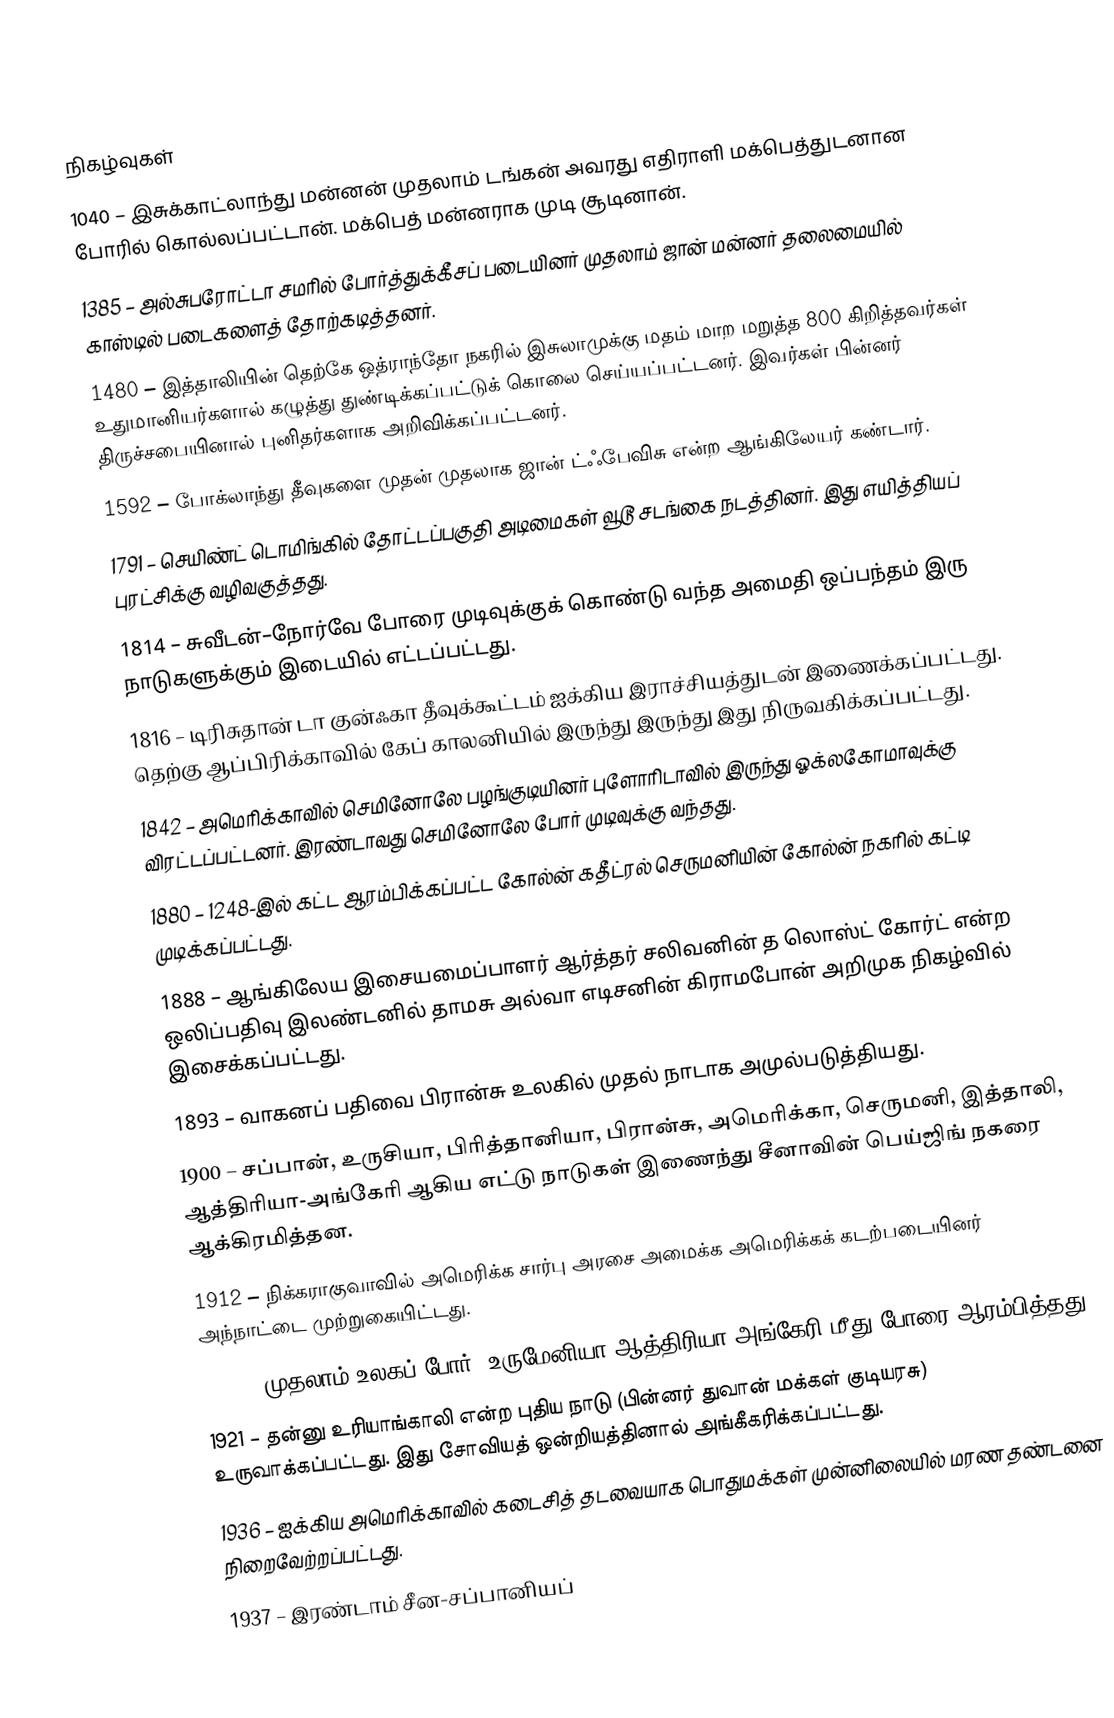

நிகழ்வுகள்
1040 – இசுக்காட்லாந்து மன்னன் முதலாம் டங்கன் அவரது எதிராளி மக்பெத்துடனான போரில் கொல்லப்பட்டான். மக்பெத் மன்னராக முடி சூடினான்.
1385 – அல்சுபரோட்டா சமரில் போர்த்துக்கீசப் படையினர் முதலாம் ஜான் மன்னர் தலைமையில் காஸ்டில் படைகளைத் தோற்கடித்தனர்.
1480 – இத்தாலியின் தெற்கே ஒத்ராந்தோ நகரில் இசுலாமுக்கு மதம் மாற மறுத்த 800 கிறித்தவர்கள் உதுமானியர்களால் கழுத்து துண்டிக்கப்பட்டுக் கொலை செய்யப்பட்டனர். இவர்கள் பின்னர் திருச்சபையினால் புனிதர்களாக அறிவிக்கப்பட்டனர்.
1592 – போக்லாந்து தீவுகளை முதன் முதலாக ஜான் ட்ஃபேவிசு என்ற ஆங்கிலேயர் கண்டார்.
1791 – செயிண்ட் டொமிங்கில் தோட்டப்பகுதி அடிமைகள் வூடூ சடங்கை நடத்தினர். இது எயித்தியப் புரட்சிக்கு வழிவகுத்தது.
1814 – சுவீடன்–நோர்வே போரை முடிவுக்குக் கொண்டு வந்த அமைதி ஒப்பந்தம் இரு நாடுகளுக்கும் இடையில் எட்டப்பட்டது.
1816 – டிரிசுதான் டா குன்ஃகா தீவுக்கூட்டம் ஐக்கிய இராச்சியத்துடன் இணைக்கப்பட்டது. தெற்கு ஆப்பிரிக்காவில் கேப் காலனியில் இருந்து இருந்து இது நிருவகிக்கப்பட்டது.
1842 – அமெரிக்காவில் செமினோலே பழங்குடியினர் புளோரிடாவில் இருந்து ஓக்லகோமாவுக்கு விரட்டப்பட்டனர். இரண்டாவது செமினோலே போர் முடிவுக்கு வந்தது.
1880 – 1248-இல் கட்ட ஆரம்பிக்கப்பட்ட கோல்ன் கதீட்ரல் செருமனியின் கோல்ன் நகரில் கட்டி முடிக்கப்பட்டது.
1888 – ஆங்கிலேய இசையமைப்பாளர் ஆர்த்தர் சலிவனின் த லொஸ்ட் கோர்ட் என்ற ஒலிப்பதிவு இலண்டனில் தாமசு அல்வா எடிசனின் கிராமபோன் அறிமுக நிகழ்வில் இசைக்கப்பட்டது.
1893 – வாகனப் பதிவை பிரான்சு உலகில் முதல் நாடாக அமுல்படுத்தியது.
1900 – சப்பான், உருசியா, பிரித்தானியா, பிரான்சு, அமெரிக்கா, செருமனி, இத்தாலி, ஆத்திரியா-அங்கேரி ஆகிய எட்டு நாடுகள் இணைந்து சீனாவின் பெய்ஜிங் நகரை ஆக்கிரமித்தன.
1912 – நிக்கராகுவாவில் அமெரிக்க சார்பு அரசை அமைக்க அமெரிக்கக் கடற்படையினர் அந்நாட்டை முற்றுகையிட்டது.
1916 – முதலாம் உலகப் போர்: உருமேனியா ஆத்திரியா-அங்கேரி மீது போரை ஆரம்பித்தது.
1921 – தன்னு உரியாங்காலி என்ற புதிய நாடு (பின்னர் துவான் மக்கள் குடியரசு) உருவாக்கப்பட்டது. இது சோவியத் ஒன்றியத்தினால் அங்கீகரிக்கப்பட்டது.
1936 – ஐக்கிய அமெரிக்காவில் கடைசித் தடவையாக பொதுமக்கள் முன்னிலையில் மரண தண்டனை நிறைவேற்றப்பட்டது.
1937 – இரண்டாம் சீன-சப்பானியப்